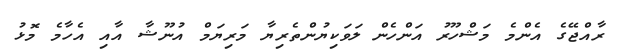
ރާއްޖޭގެ އެންމެ މަޝްހޫރު އަންހެން ލަވަކިޔުންތެރިޔާ މަރިޔަމް އުނޫޝާ އާއި އެހާމެ މޮޅު